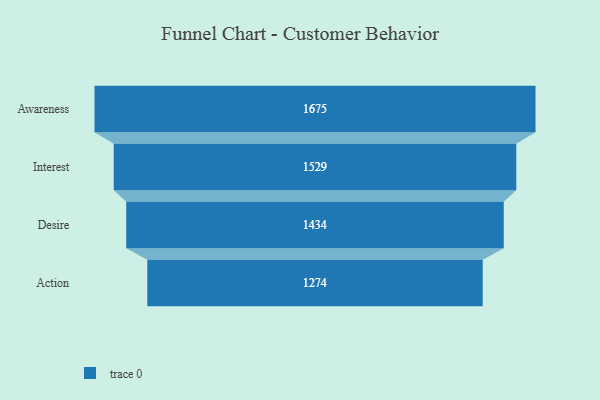
{"axis": {"x": "Stage", "y": "Value"}, "legend": [""], "data": [{"x": "Awareness", "y": 1675.0, "type": ""}, {"x": "Interest", "y": 1529.0, "type": ""}, {"x": "Desire", "y": 1434.0, "type": ""}, {"x": "Action", "y": 1274.0, "type": ""}]}